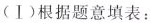
(Ⅰ)根据题意填表：